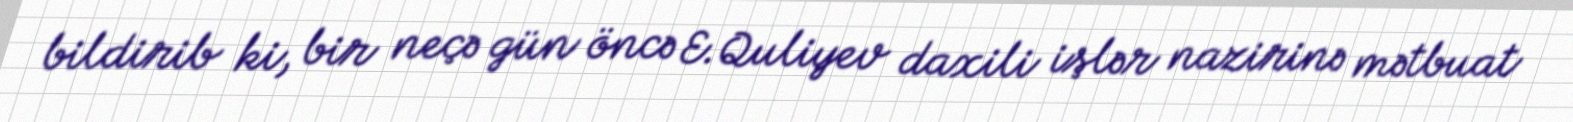
bildirib ki, bir neçə gün öncə E.Quliyev daxili işlər nazirinə mətbuat